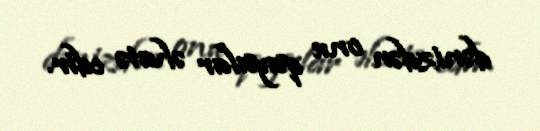
dənizdən onu qayalar əhatə edir.